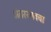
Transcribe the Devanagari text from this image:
अंतरस्रावचा